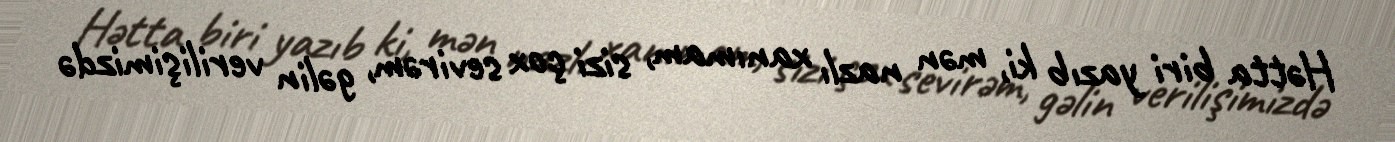
Hətta biri yazıb ki, mən nazlı xanımam, sizi çox sevirəm, gəlin verilişimizdə